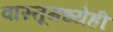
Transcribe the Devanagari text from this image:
वास्तूमध्येही